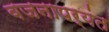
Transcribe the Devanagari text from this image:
वजनापर्यंत